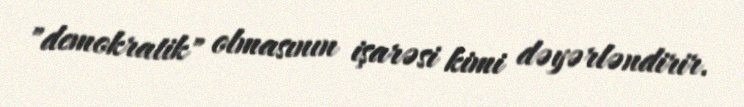
"demokratik" olmasının işarəsi kimi dəyərləndirir.